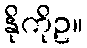
နိုကိုဥ။